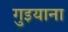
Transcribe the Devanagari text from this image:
गुइयाना